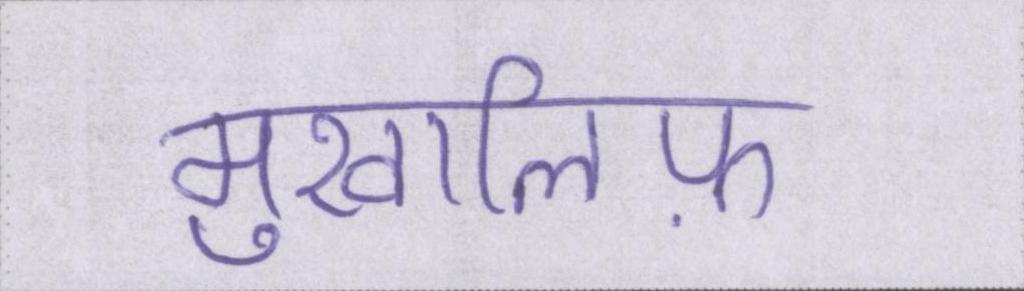
मुखालिफ़